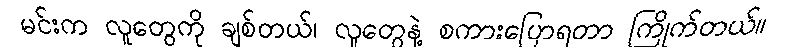
မင်းက လူတွေကို ချစ်တယ်၊ လူတွေနဲ့ စကားပြောရတာ ကြိုက်တယ်။